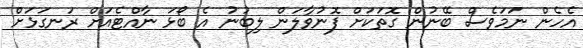
އެހެން ނަމަވެސް ބޭނުން ގޮތަކަށް ފޮނުވާލަން ލިބުނު އެ ބޯޅަ ނާއްޓެއަށް ރަނގަޅަށް